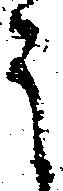
ミ